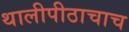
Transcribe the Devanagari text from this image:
थालीपीठाचाच